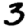
Digit: 3